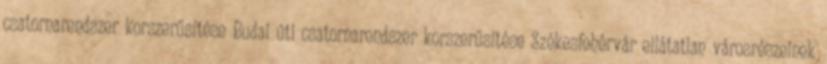
csatornarendszer korszerűsítése Budai úti csatornarendszer korszerűsítése Székesfehérvár ellátatlan városrészeinek